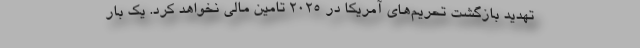
تهدید بازگشت تحریم‌های آمریکا در 2025 تامین مالی نخواهد کرد. یک بار